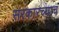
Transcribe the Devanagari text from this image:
सरकारच्याच